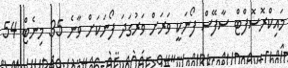
މައިކްރޮސޮފްޓް ސާފޭސް ފޯނަކީ ވަރަށް ވަރުގަދަ ފޯނަކަށް ވާނެ 35 މިނެޓް 54